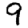
Digit: 9